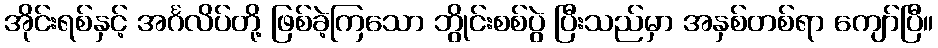
အိုင်းရစ်နှင့် အင်္ဂလိပ်တို့ ဖြစ်ခဲ့ကြသော ဘွိုင်းစစ်ပွဲ ပြီးသည်မှာ အနှစ်တစ်ရာ ကျော်ပြီ။